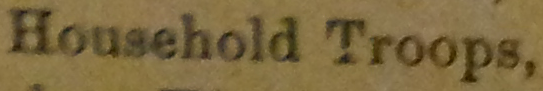
Household Troops.